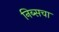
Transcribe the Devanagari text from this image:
निब्सचा